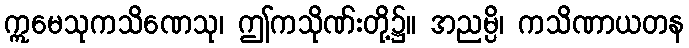
ဣမေသုကသိဏေသု၊ ဤကသိုဏ်းတို့၌။ အညမ္ပိ၊ ကသိဏာယတန